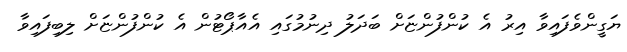
ޔަގީންވެފައިވާ އިރު އެ ކުންފުންޏަށް ބަދަލު ދިނުމުގައި އެއާޕޯޓުން އެ ކުންފުންޏަށް ލިބިފައިވާ